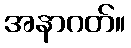
အနာဂတ်။